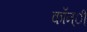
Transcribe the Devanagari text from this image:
कॉन्ी्